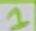
Text: 1